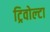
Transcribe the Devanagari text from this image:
ट्रिवोल्‍टा